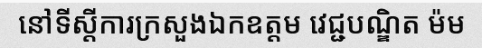
នៅទីស្តីការក្រសួងឯកឧត្តម វេជ្ជបណ្ឌិត ម៉ម